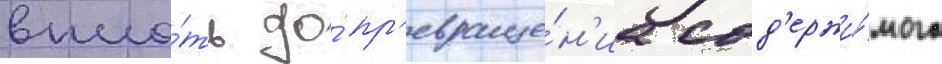
впло́ть до́ пр'евраще́н'иа сод'ержи́мого